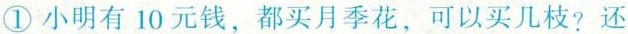
① 小明有10元钱，都买月季花，可以买几枝？还